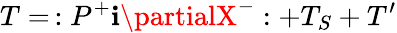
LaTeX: T=\, :P^{+}\mathbf{i}\partialX^{-}:+T_{S}+T^{\prime}